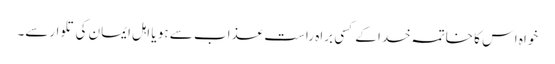
خواہ اس کا خاتمہ خدا کے کسی براہ راست عذاب سے ہو یا اہل ایمان کی تلوارسے۔